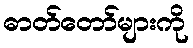
ဓာတ်တော်များကို